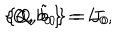
\{ Q , b _ { 0 } \} = L _ { 0 } , \hspace { 1 c m } \{ Q , \tilde { b } _ { 0 } \} = J _ { 0 }